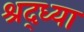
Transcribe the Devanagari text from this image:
श्रद्ध्या